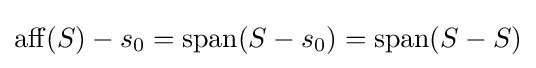
\operatorname {aff} (S)-s_{0}=\operatorname {span} (S-s_{0})=\operatorname {span} (S-S)